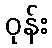
ဝုန်း